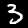
Label: 3